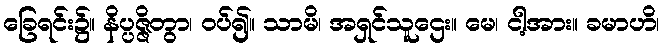
ခြေရင်း၌။ နိပ္ပဇ္ဇိတွာ၊ ဝပ်၍။ သာမိ၊ အရှင်သူဌေး။ မေ၊ ငါ့အား။ ခမာဟိ၊